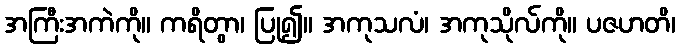
အကြီးအကဲကို။ ကရိတွာ၊ ပြု၍။ အကုသလံ၊ အကုသိုလ်ကို။ ပဇဟတိ၊